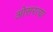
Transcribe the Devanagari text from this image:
ओसरत्या